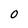
Character: O